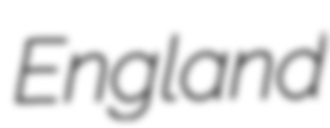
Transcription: England